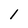
Character: I